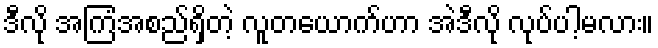
ဒီလို အကြံအစည်ရှိတဲ့ လူတယောက်ဟာ အဲဒီလို လုပ်ပါ့မလား။